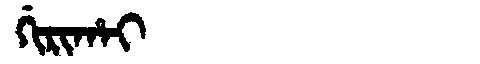
Manchu: ᡤᡳᡵᡳᡥᠠᡳ
Romanization: GIRIHAI